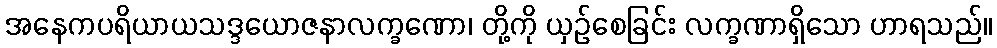
အနေကပရိယာယသဒ္ဒယောဇနာလက္ခဏော၊ တို့ကို ယှဉ်စေခြင်း လက္ခဏာရှိသော ဟာရသည်။